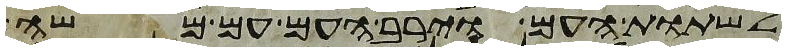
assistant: לשתות העם וירב העם עם משה